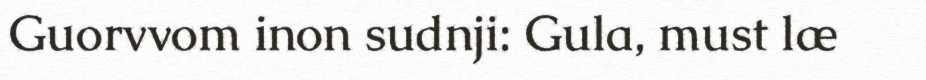
Guorvvom inon sudnji: Gula, must læ